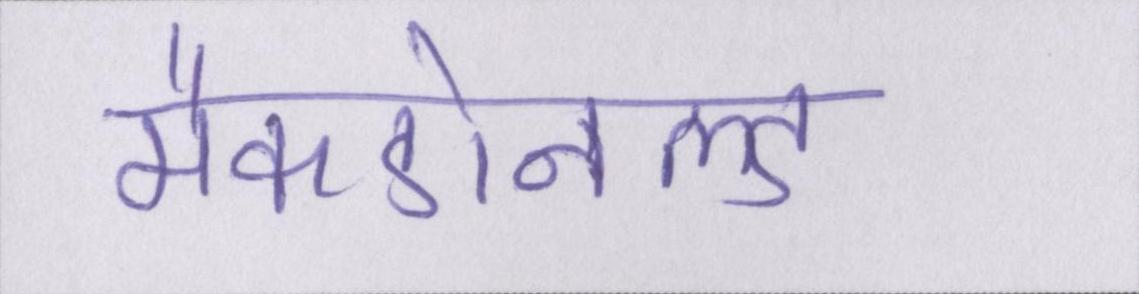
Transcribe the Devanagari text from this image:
मैकडोनल्ड